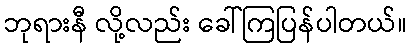
ဘုရားနီ လို့လည်း ခေါ်ကြပြန်ပါတယ်။